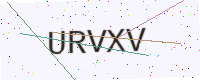
Text: URVXV